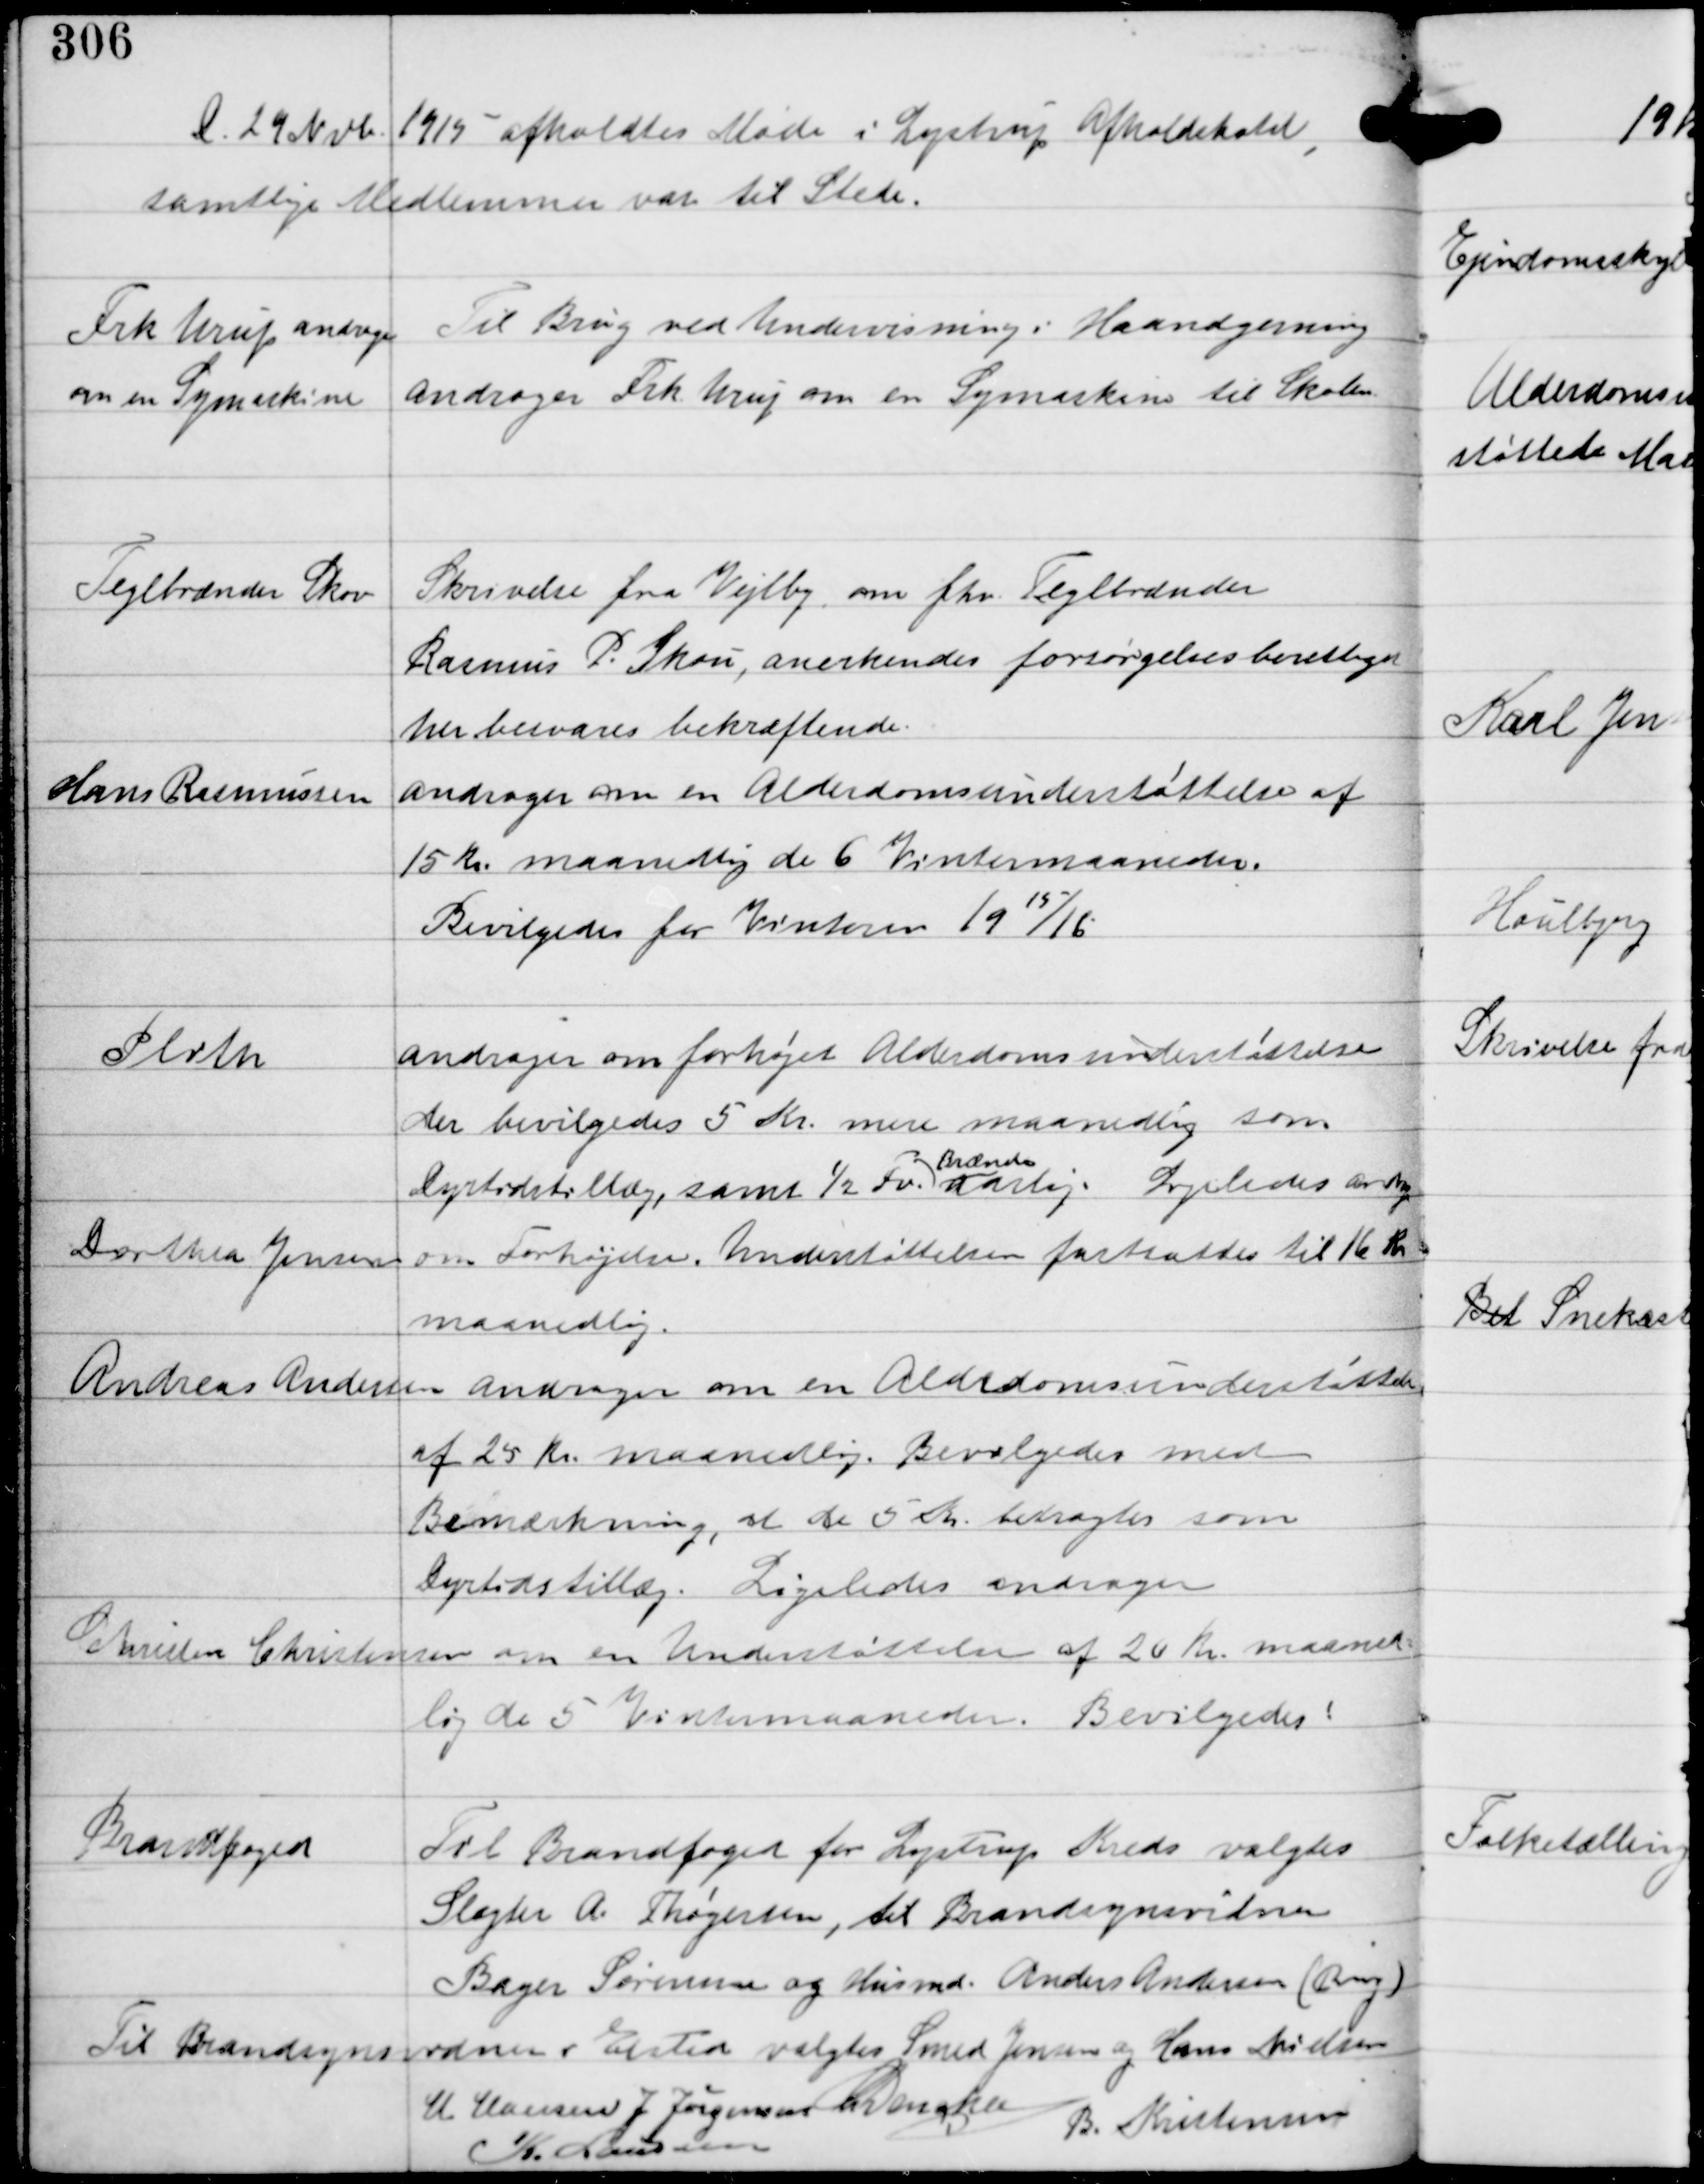
Transskription:
D. 29 Novb 1915 afholdtes Møde i Lystrup Afholdshotel,
samtlige Medlemmer var til Stede.

Frk Urup andrager
om en Symaskine

Til Brug ved Undervisning i Haandgerning
andrager Frk Urup om en Symaskine til Skolen

Teglbrænder Skov

Skrivelse fra Vejlby om fhv Teglbrænder
Rasmus P. Skov, anerkendes forsørgelsesberettiget
her besvares bekræftende.

Hans Rasmussen

andrager om en Alderdomsunderstøttelse af
15 Kr maanedlig de 6 Vintermaaneder.
Bevilgedes for Vinteren 19
15/
16

Plith

andrager om forhøjet Alderdomsunderstøttelse
der bevilgedes 5 Kr mere maanedlig som
Dyrtidstillæg, samt ½ Fv
Brænde
aarlig.
Ligeledes androg

Dorthea Jensen

om Forhøjelse. Undestøttelsen fastsattes til 16 Kr
maanedlig.

Andreas Andersen Andrager om en Alderdomsunderstøttelse
af 25 Kr maanedlig. Bevilgedes med
Bemærkning, at de 5 Kr betragtes som
Dyrtidstillæg. Ligeledes andrager
Christen Christensen om en Understøttelse af 20 Kr maaned-
lig de 5 Vintermaaneder. Bevilgedes.

Brandfoged
Til Brandfoged for Lystrup Kreds valgtes
Slagter A Thøgersen, til Brandsynsvidner
Bager Sørensen og Husmand Anders Andersen (Thing)
Til Brandsynsvidner i Elsted valgtes Smed Jensen og Hans Nielsen
H Hansen J Jørgensen C Dencker
K. Laursen
B. Kristensen